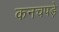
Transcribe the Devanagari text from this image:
कनचपडे़